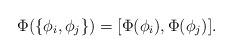
LaTeX: \begin{align*}\Phi(\{\phi_i,\phi_j\}) = [\Phi(\phi_i),\Phi(\phi_j)].\end{align*}